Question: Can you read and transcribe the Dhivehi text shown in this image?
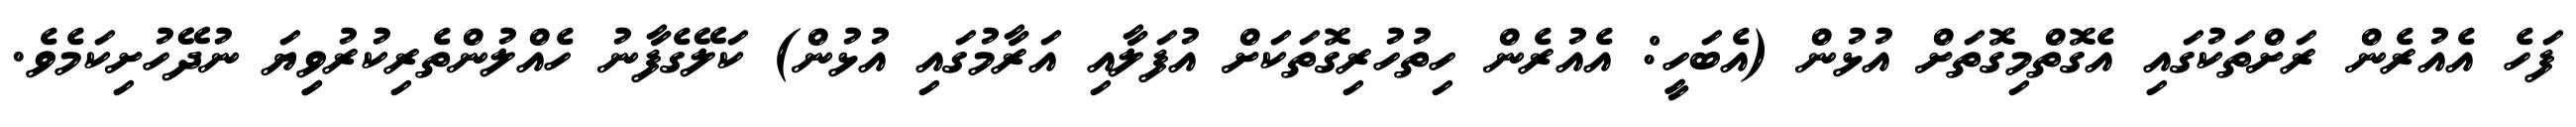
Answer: ފަހެ އެއުރެން ރަށްތަކުގައި އެގޮތްމިގޮތަށް އުޅުން (އެބަހީ: އެއުރެން ހިތުހުރިގޮތަކަށް އުފަލާއި އަރާމުގައި އުޅުން) ކަލޭގެފާނު ހެއްލުންތެރިކުރުވިިޔަ ނުދޭހުށިކަމެވެ.